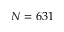
N = 6 3 1